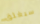
سيغلق